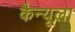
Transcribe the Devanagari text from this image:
कैन्यूला